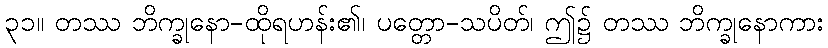
၃၁။ တဿ ဘိက္ခုနော-ထိုရဟန်း၏၊ ပတ္တော-သပိတ်၊ ဤ၌ တဿ ဘိက္ခုနောကား